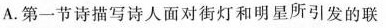
A.第一节诗描写诗人面对街灯和明星所引发的联